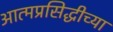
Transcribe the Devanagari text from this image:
आत्मप्रसिद्धीच्या